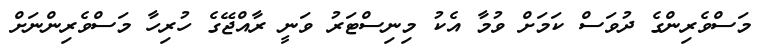
މަސްވެރިންގެ ދުވަސް ކަމަށް ވުމާ އެކު މިނިސްޓަރު ވަނީ ރާއްޖޭގެ ހުރިހާ މަސްވެރިންނަށް